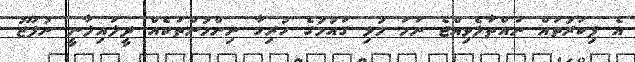
އެ ފިކުރުތައް ނައްތާލެވިއްޖެ ނަމަ މުޅި ގައުމުގެ ހުރިހާ ނިންމުންތަކެއް ދީލައިލާނީ ނުފޫޒު